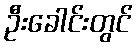
ဦးခေါင်းတွင်